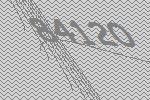
84120